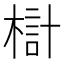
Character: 𣖟